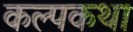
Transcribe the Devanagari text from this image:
कल्पकथा